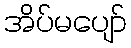
အိပ်မပျော်